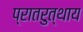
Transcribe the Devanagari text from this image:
प्रातरुत्थाय